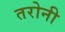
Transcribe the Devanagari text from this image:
तरोनी